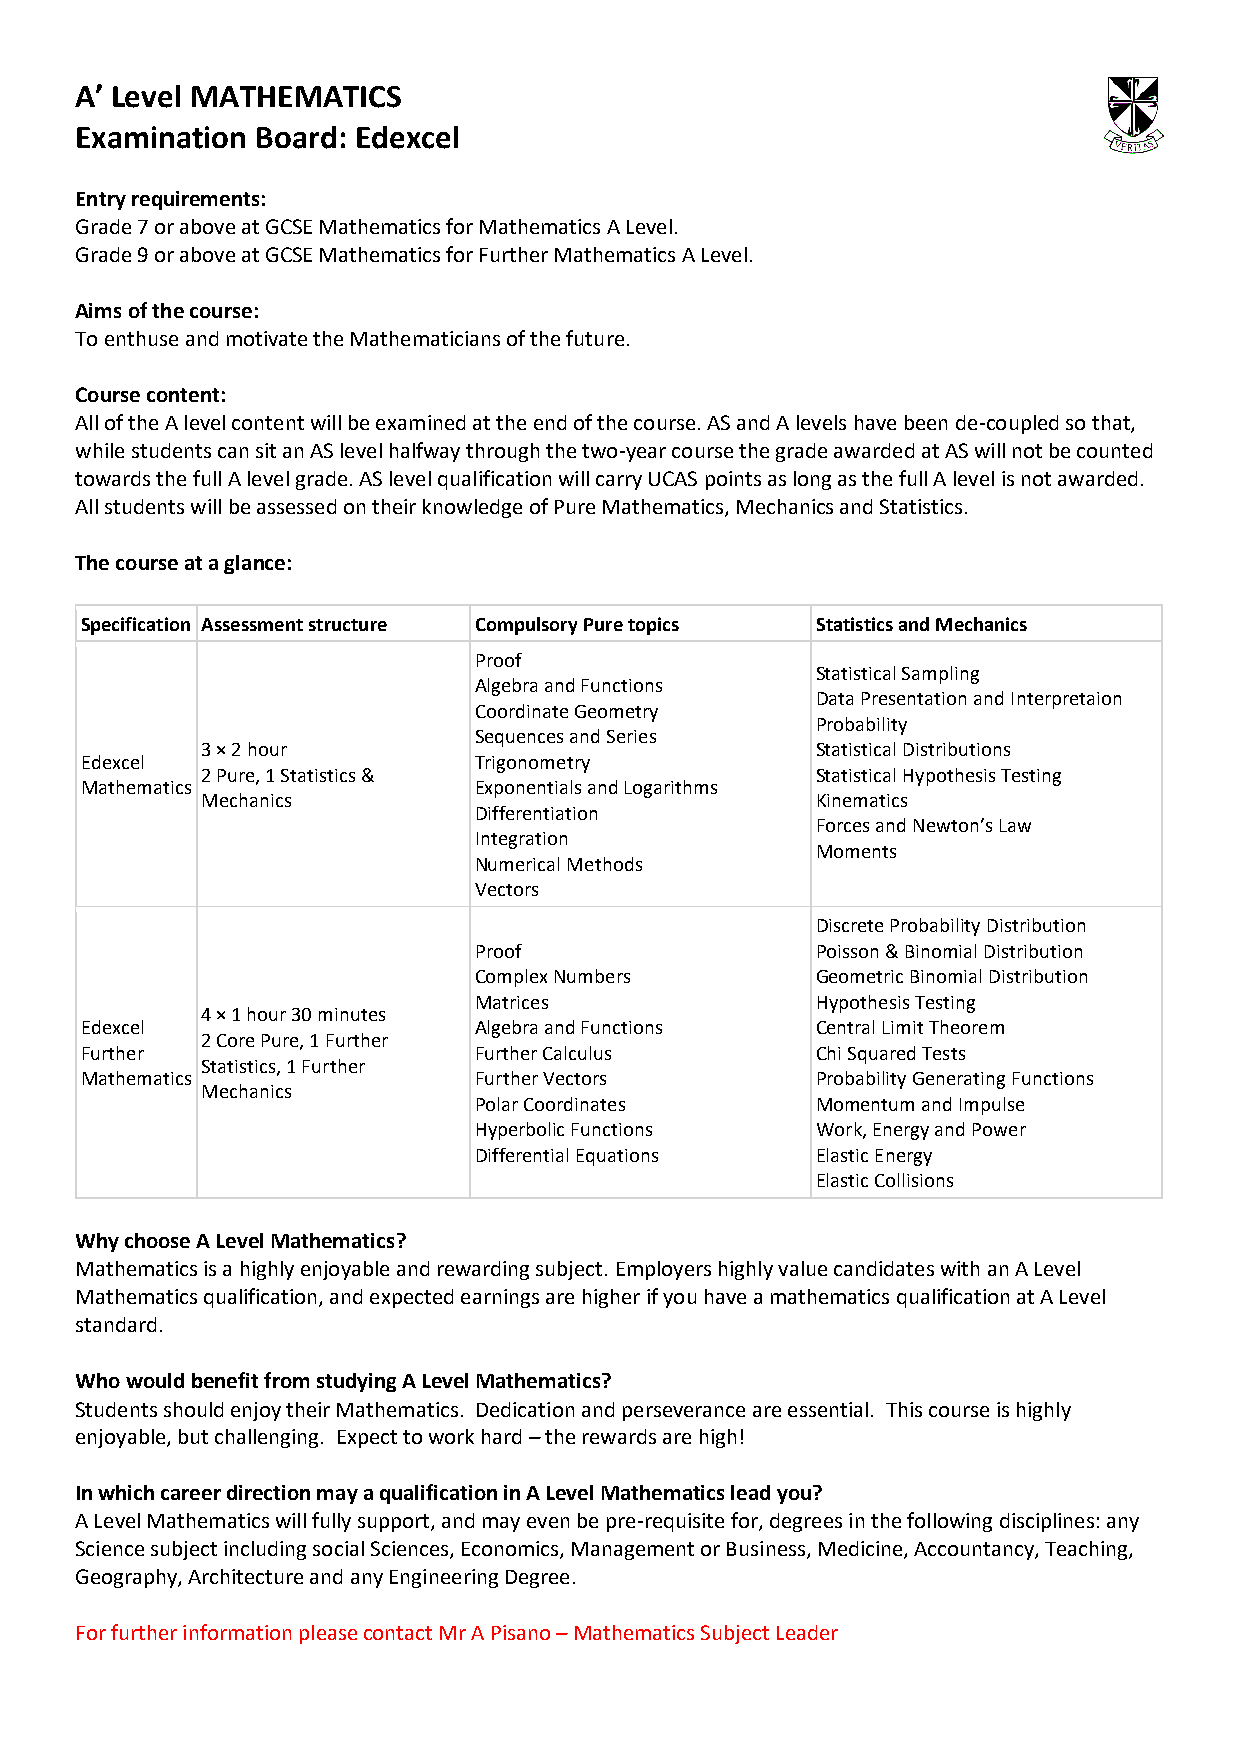
A’ Level MATHEMATICS
 Examination Board: Edexcel
 Entry requirements:
 Grade 7 or above at GCSE Mathematics for Mathematics A Level.
 Grade 9 or above at GCSE Mathematics for Further Mathematics A Level.
 Aims of the course:
 To enthuse and motivate the Mathematicians of the future.
 Course content:
 All of the A level content will be examined at the end of the course. AS and A levels have been de-coupled so that,
 while students can sit an AS level halfway through the two-year course the grade awarded at AS will not be counted
 towards the full A level grade. AS level qualification will carry UCAS points as long as the full A level is not awarded.
 All students will be assessed on their knowledge of Pure Mathematics, Mechanics and Statistics.
 The course at a glance:
 Specification Assessment structure Compulsory Pure topics Statistics and Mechanics
 Proof
 Statistical Sampling
 Algebra and Functions
 Data Presentation and Interpretaion
 Coordinate Geometry
 Probability
 Sequences and Series
 3 × 2 hour                               Statistical Distributions
 Edexcel                   Trigonometry
 2 Pure, 1 Statistics &                   Statistical Hypothesis Testing
 Mathematics               Exponentials and Logarithms
 Mechanics                                Kinematics
 Differentiation
 Forces and Newton’s Law
 Integration
 Moments
 Numerical Methods
 Vectors
 Discrete Probability Distribution
 Proof                  Poisson & Binomial Distribution
 Complex Numbers        Geometric Binomial Distribution
 Matrices               Hypothesis Testing
 4 × 1 hour 30 minutes
 Edexcel                   Algebra and Functions  Central Limit Theorem
 2 Core Pure, 1 Further
 Further                   Further Calculus       Chi Squared Tests
 Statistics, 1 Further
 Mathematics               Further Vectors        Probability Generating Functions
 Mechanics
 Polar Coordinates      Momentum and Impulse
 Hyperbolic Functions   Work, Energy and Power
 D ifferential Equations Elastic Energy
 Elastic Collisions
 Why choose A Level Mathematics?
 Mathematics is a highly enjoyable and rewarding subject. Employers highly value candidates with an A Level
 Mathematics qualification, and expected earnings are higher if you have a mathematics qualification at A Level
 standard.
 Who would benefit from studying A Level Mathematics?
 Students should enjoy their Mathematics. Dedication and perseverance are essential. This course is highly
 enjoyable, but challenging. Expect to work hard – the rewards are high!
 In which career direction may a qualification in A Level Mathematics lead you?
 A Level Mathematics will fully support, and may even be pre-requisite for, degrees in the following disciplines: any
 Science subject including social Sciences, Economics, Management or Business, Medicine, Accountancy, Teaching,
 Geography, Architecture and any Engineering Degree.
 For further information please contact Mr A Pisano – Mathematics Subject Leader